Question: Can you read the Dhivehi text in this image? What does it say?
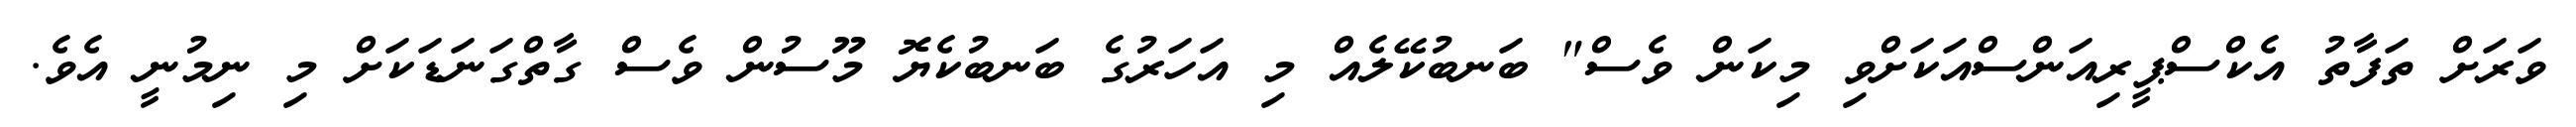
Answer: ވަރަށް ތަފާތު އެކްސްޕީރިއަންސްއަކަށްވި މިކަން ވެސް" ބަނބުކޭލެއް މި އަހަރުގެ ބަނބުކެޔޮ މޫސުން ވެސް ގާތްގަނަޑަކަށް މި ނިމުނީ އެވެ.